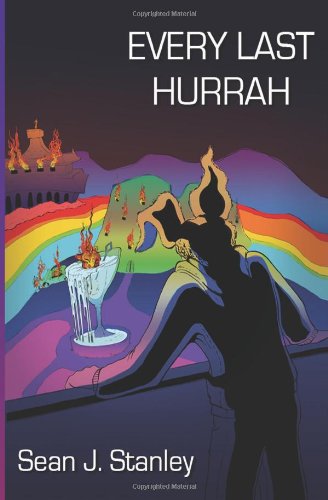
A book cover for Every Last Hurrah; Sean J Stanley; Science Fiction & Fantasy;